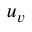
\boldsymbol { u } _ { \boldsymbol { v } }